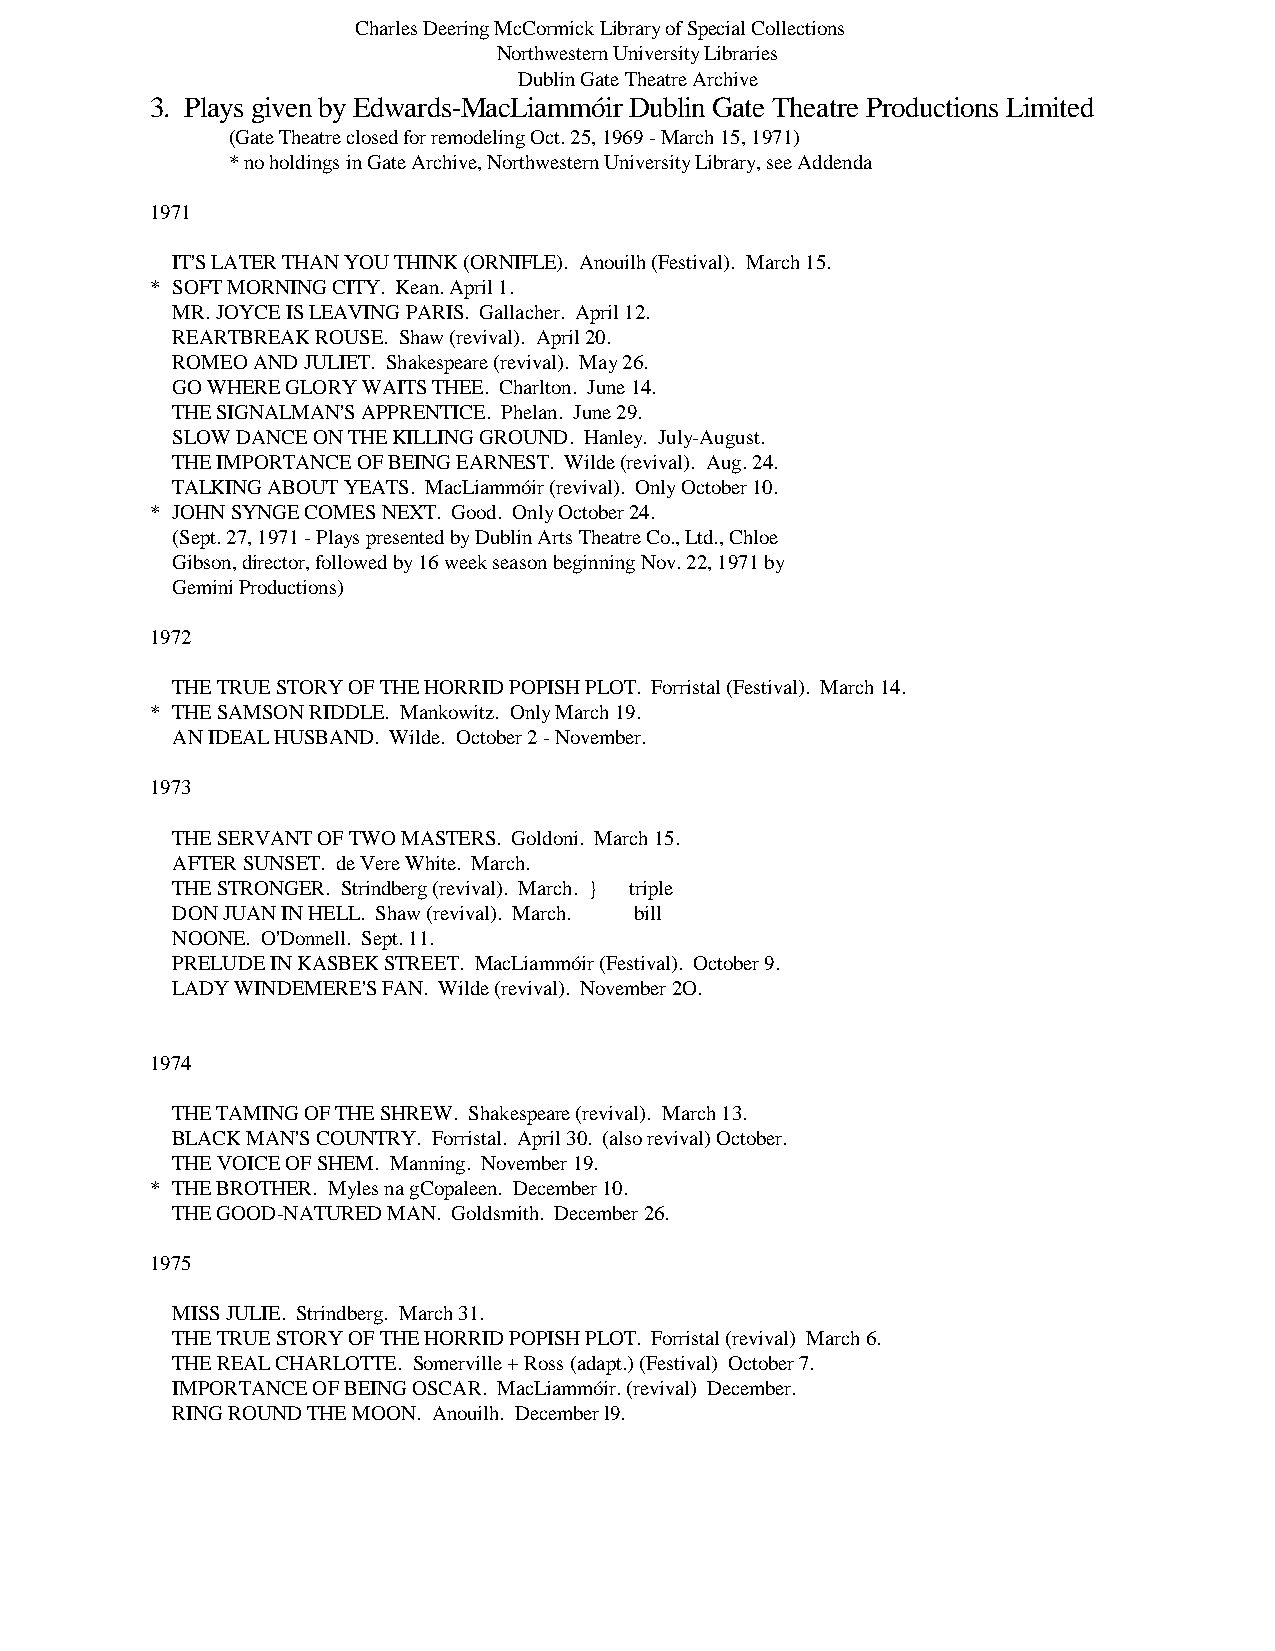
Charles Deering McCormick Library of Special Collections
 Northwestern University Libraries
 Dublin Gate Theatre Archive
 3. Plays given by Edwards-MacLiammóir Dublin Gate Theatre Productions Limited
 (Gate Theatre closed for remodeling Oct. 25, 1969 - March 15, 1971)
 * no holdings in Gate Archive, Northwestern University Library, see Addenda
 1971
 IT'S LATER THAN YOU THINK (ORNIFLE). Anouilh (Festival). March 15.
 * SOFT MORNING CITY. Kean. April 1.
 MR. JOYCE IS LEAVING PARIS. Gallacher. April 12.
 REARTBREAK ROUSE. Shaw (revival). April 20.
 ROMEO AND JULIET. Shakespeare (revival). May 26.
 GO WHERE GLORY WAITS THEE. Charlton. June 14.
 THE SIGNALMAN'S APPRENTICE. Phelan. June 29.
 SLOW DANCE ON THE KILLING GROUND. Hanley. July-August.
 THE IMPORTANCE OF BEING EARNEST. Wilde (revival). Aug. 24.
 TALKING ABOUT YEATS. MacLiammóir (revival). Only October 10.
 * JOHN SYNGE COMES NEXT. Good. Only October 24.
 (Sept. 27, 1971 - Plays presented by Dublin Arts Theatre Co., Ltd., Chloe
 Gibson, director, followed by 16 week season beginning Nov. 22, 1971 by
 Gemini Productions)
 1972
 THE TRUE STORY OF THE HORRID POPISH PLOT. Forristal (Festival). March 14.
 * THE SAMSON RIDDLE. Mankowitz. Only March 19.
 AN IDEAL HUSBAND. Wilde. October 2 - November.
 1973
 THE SERVANT OF TWO MASTERS. Goldoni. March 15.
 AFTER SUNSET. de Vere White. March.
 THE STRONGER. Strindberg (revival). March. } triple
 DON JUAN IN HELL. Shaw (revival). March. bill
 NOONE. O'Donnell. Sept. 11.
 PRELUDE IN KASBEK STREET. MacLiammóir (Festival). October 9.
 LADY WINDEMERE'S FAN. Wilde (revival). November 2O.
 1974
 THE TAMING OF THE SHREW. Shakespeare (revival). March 13.
 BLACK MAN'S COUNTRY. Forristal. April 30. (also revival) October.
 THE VOICE OF SHEM. Manning. November 19.
 * THE BROTHER. Myles na gCopaleen. December 10.
 THE GOOD-NATURED MAN. Goldsmith. December 26.
 1975
 MISS JULIE. Strindberg. March 31.
 THE TRUE STORY OF THE HORRID POPISH PLOT. Forristal (revival) March 6.
 THE REAL CHARLOTTE. Somerville + Ross (adapt.) (Festival) October 7.
 IMPORTANCE OF BEING OSCAR. MacLiammóir. (revival) December.
 RING ROUND THE MOON. Anouilh. December l9.